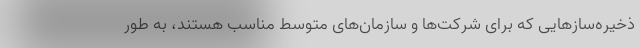
ذخیره‌سازهایی که برای شرکت‌ها و سازمان‌های متوسط مناسب هستند، به طور